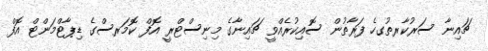
ޗައިނާ ސަރުކާރތުގހެ ފަރާތުން ސޮއިކުރެއްވީ ޗައިނާގެ މިނިސްޓްރީ އޮފް ކޮމަރސްގެ ޑިޕާޓްމަންޓް އޮފް